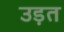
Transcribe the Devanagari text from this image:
उड़त